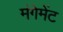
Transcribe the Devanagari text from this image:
मंगेमेंट